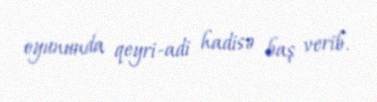
oyununda qeyri-adi hadisə baş verib.